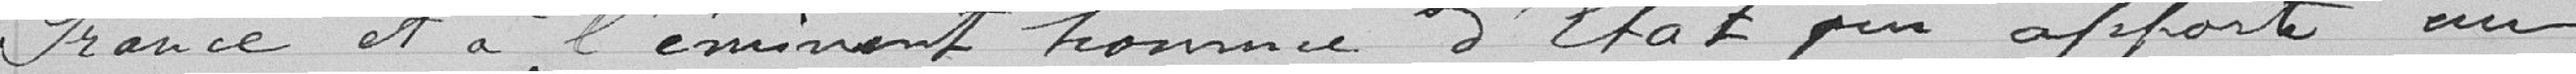
France et à l'éminent homme d'Etat qui apporte en